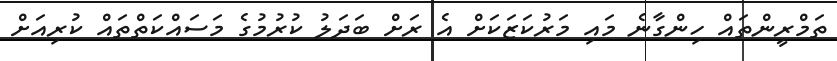
ތަމްރީންތައް ހިންގާނެ މައި މަރުކަޒަކަށް އެ ރަށް ބަދަލު ކުރުމުގެ މަސައްކަތްތައް ކުރިއަށް